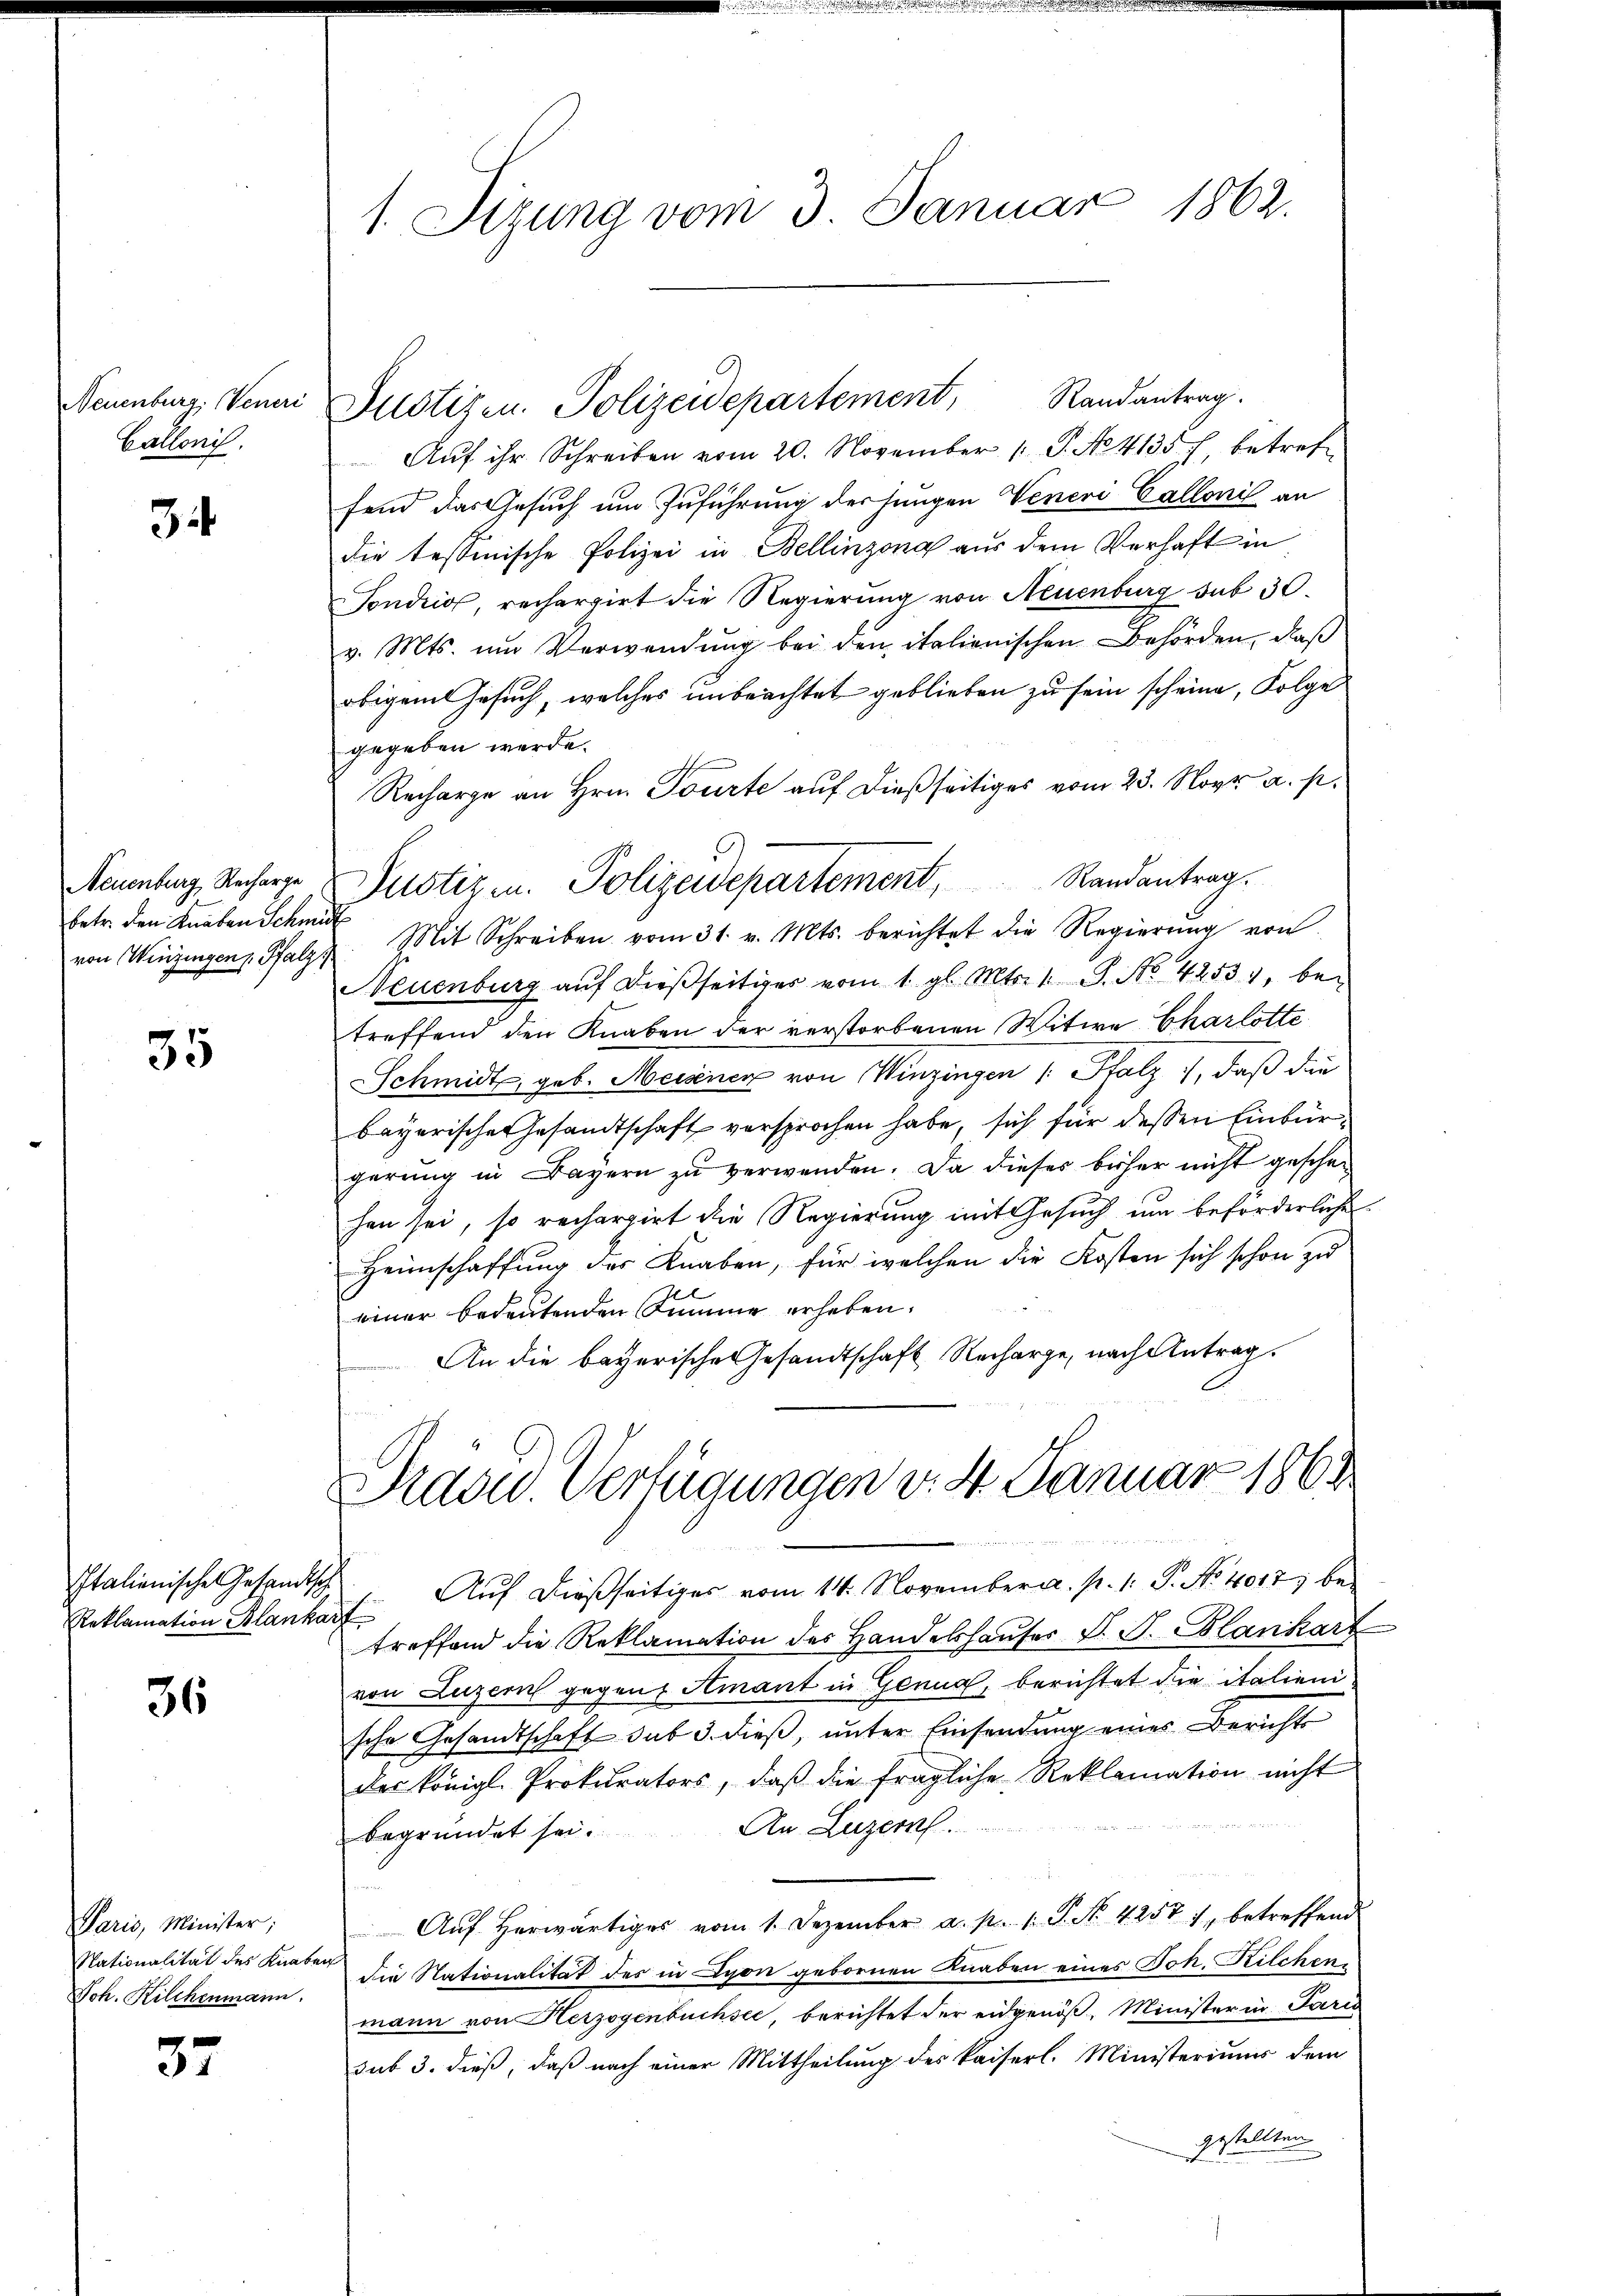
Callonis,

34

Neuenburg, Recharge
betr. den Knaben Schmidt

35

Italienische Gesandtsch
Reklamation Blankarf

36

Paris, Minister;
Joh. Kilchenmann.

37

1. Sizung vom 3. Januar 1862.

Neuenburg, Vener Justizen. Polizeidepartement, Randantrag.

Justiz u. Polizeidepartement, Randantrag.

Aŭf ihr Schreiben vom 20. November 1 P. No 4135 f. betreffend das Gesuch um Zuführung der jungen Veneri Calloni an
die tessinische Polizei in Bellinzona aus dem Verhaft in
Tondio, rechargirt die Regierung von Neuenburg sub 30.
v. Mts. ŭm Verwendŭng bei den italienischen Behörden, daß
obigem Gesuch, welches unbeachtet geblieben zu sein scheine, Folge
gegeben werde.
Recharge an Hrn. Tourte auf dießseitiges vom 23. Nov. a. p.
von Winzingen Pfalz u. Mit Schreiben vom 31. v. Mts. berichtet die Regierŭng von
Neuenburg aŭf dießseitiges vom 1. gl. Mts. 1 S. No. 42531, betreffend den Knaben der verstorbenen Witwe Charlotte
Schmidt, geb. Meisenen von Winzingen /: Salz, daß die
bayerische Gesandtschaft versprochen habe, sich für dessen Einbürgerung in Bayern zŭ verwenden. Da dieses bisher nicht geschehen sei, so rechargirt die Regierung mit Gesuch um beförderliche
Heimschaffung des Knaben, für welchen die Kosten sich schon zu
einer bedeutenden Summe erheben.
An die bayerische Gesandtschaft Recharge, nach Antrag

Prasid. Verfügungen v. 4. Januar 1862

Auf dießseitiges vom 14. November a. p. 1. P. No. 4017, betreffend die Reklamation des Handelshaŭser S. S. Blankart
von Luzern gegen Amant in Genua, berichtet die italienische Gesandtschaft sub 3. dieß, unter Einsendung eines Berichts
der königl. Prokurators, daß die fragliche Reklamation nicht
An Luzern.
begründet sei.
Aŭf herwärtiges vom 1. Dezember a. p. 1 P. Nr. 42571, betreffend
Nationalität des Knaben die Nationalität des in Lyon gebornen Knaben eines Joh. Kilchenmann von Herzogenbüchsee, berichtet der eidgenöß, Minister in Paris
sub 3. dieß, daß nach einer Mittheilung des Kaiserl. Ministeriums dem
gestellten